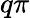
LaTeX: q\pi